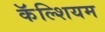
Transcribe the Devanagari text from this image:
कॅॅल्शियम